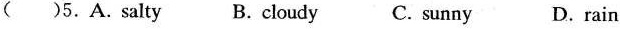
( )5.A.Salty B. cloudy C. sunny D.rain